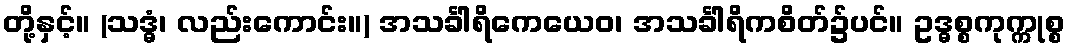
တို့နှင့်။ (သဒ္ဓံ၊ လည်းကောင်း။) အသင်္ခါရိကေယေဝ၊ အသင်္ခါရိကစိတ်၌ပင်။ ဥဒ္ဓစ္စကုက္ကုစ္စ